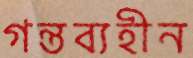
গন্তব্যহীন